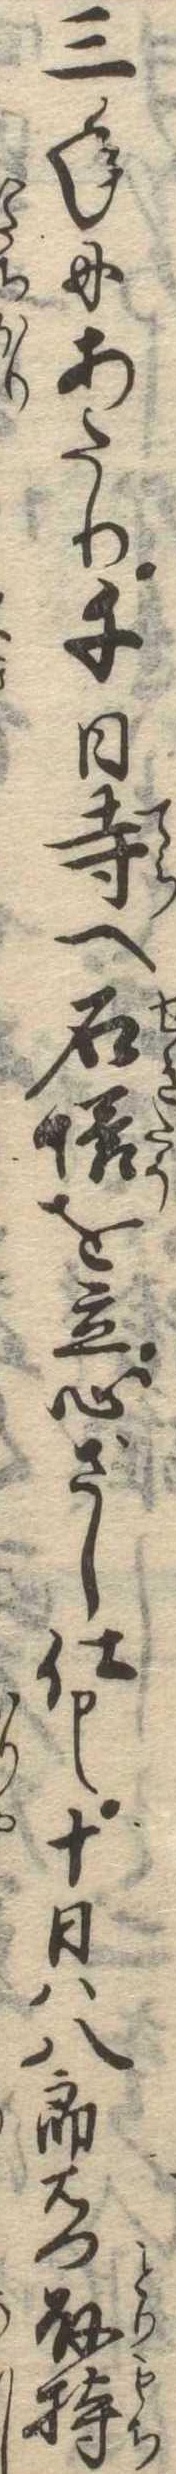
三年にあたり千日寺へ石塔を立心ざし仕十日は八郎右門取持